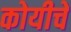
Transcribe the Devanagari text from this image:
कोयीचे